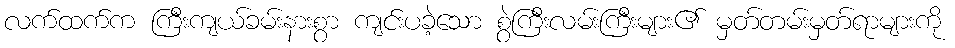
လက်ထက်က ကြီးကျယ်ခမ်းနားစွာ ကျင်းပခဲ့သော စွဲကြီးလမ်းကြီးများ၏ မှတ်တမ်းမှတ်ရာများကို